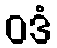
ဝဒံ